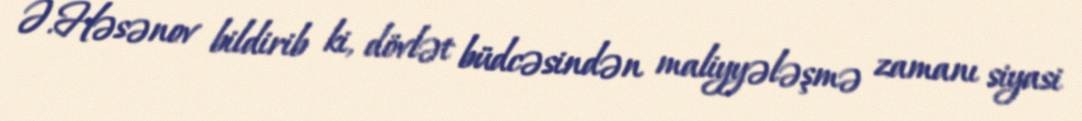
Ə.Həsənov bildirib ki, dövlət büdcəsindən maliyyələşmə zamanı siyasi